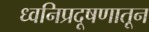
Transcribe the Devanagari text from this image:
ध्वनिप्रदूषणातून